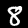
Digit: 8